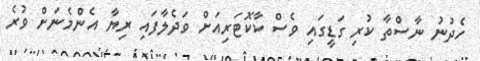
ހެދުނު ނާސްތާ ކުރި ގަޑީގައި ވެސް ކާކޮޓަރިއަށް ވަދެލާފައި ރިޔާ އެންމެނަށް ވުރެ